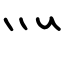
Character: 灬